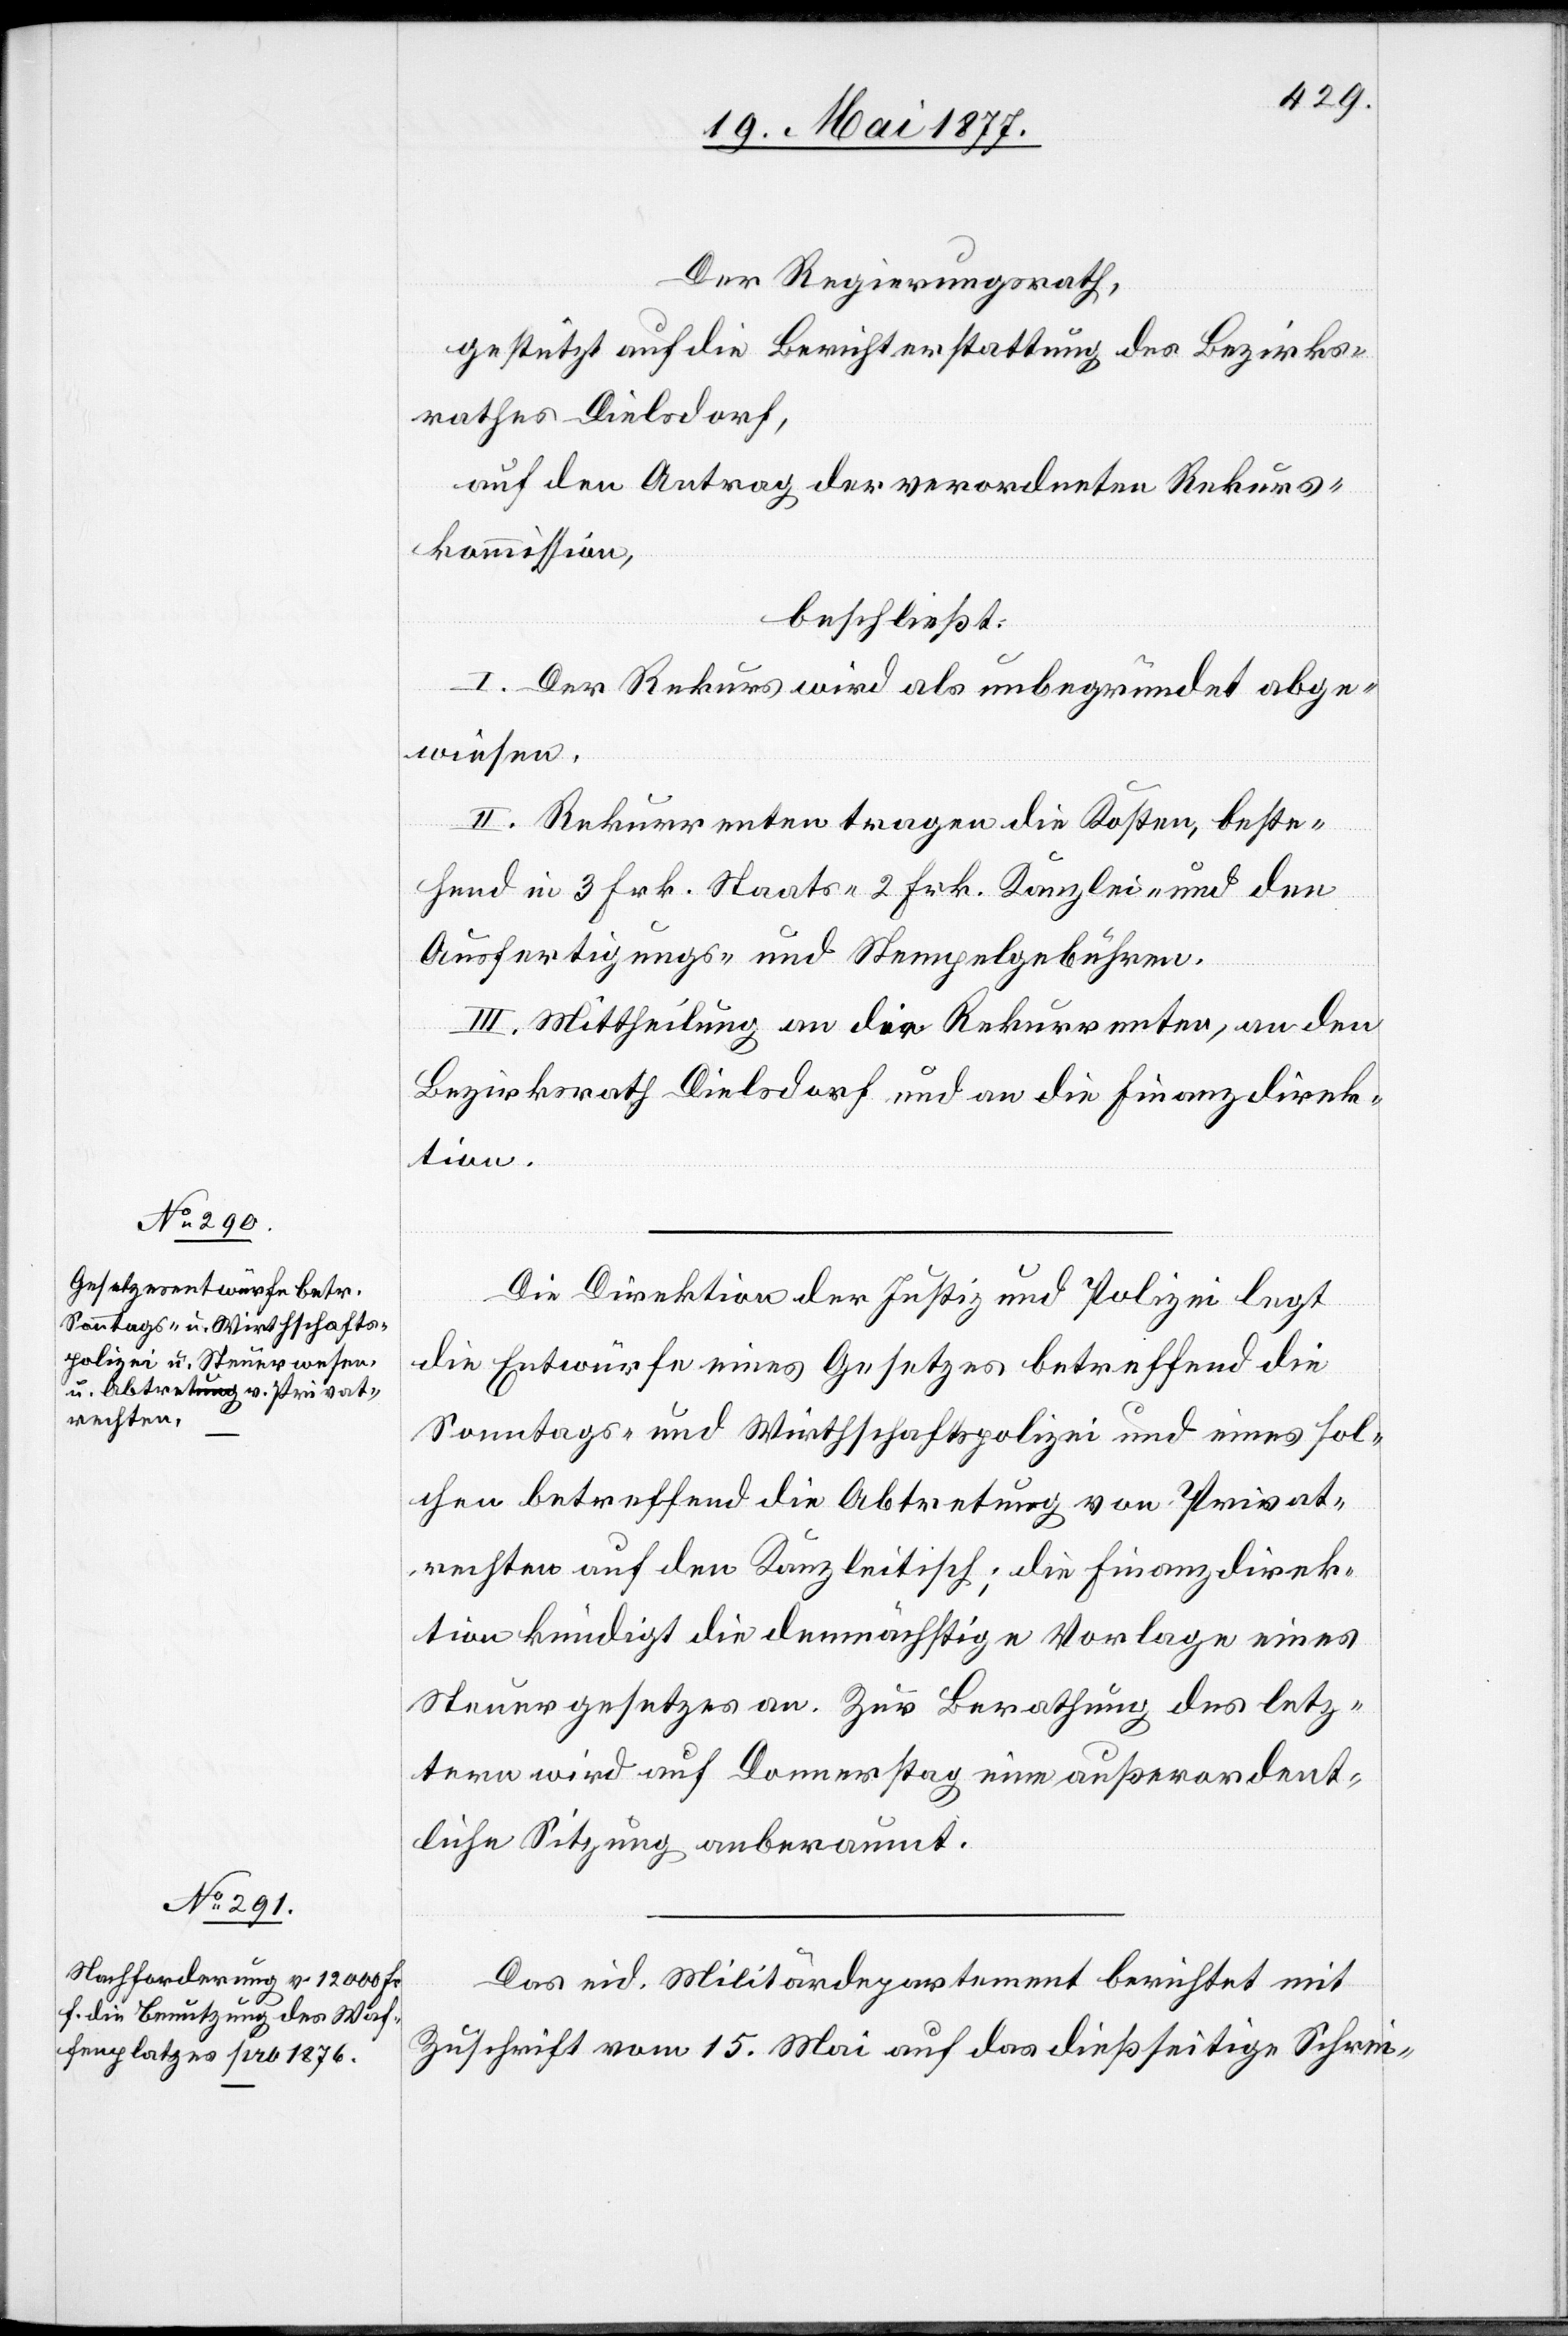
Der Regierungsrath,
gestützt auf die Berichterstattung des Bezirks¬
rathes Dielsdorf,
auf den Antrag der verordneten Rekurs¬
kommission,
beschließt:
I. Der Rekurs wird als unbegründet abge¬
wiesen.
II. Rekurrenten tragen die Kosten, beste¬
hend in 3 Frk. Staats 2 Frk. Kanzlei- und den
Ausfertigungs- und Stempelgebühren.
III. Mittheilung an die Rekurrenten, an den
Bezirksrath Dielsdorf und an die Finanzdirek¬
tion.
Die Direktion der Justiz und Polizei legt
die Entwürfe eines Gesetzes betreffend die
Sonntags- und Wirthschaftspolizei und eines sol¬
chen betreffend die Abtretung von Privat¬
rechten auf den Kanzleitisch; die Finanzdirek¬
tion kündigt die demnächstige Vorlage eines
Steuergesetzes an. Zur Berathung des letz¬
tern wird auf Donnerstag eine außerordent¬
liche Sitzung anberaumt.
Das eid. Militärdepartement berichtet mit
Zuschrift vom 15. Mai auf das dießseitige Schrei-